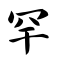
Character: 罕